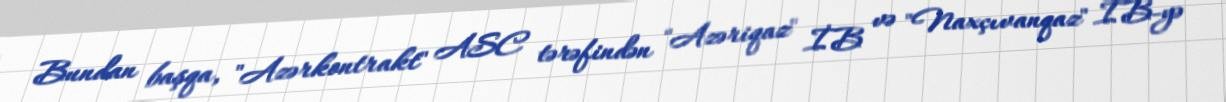
Bundan başqa, "Azərkontrakt" ASC tərəfindən "Azəriqaz" İB və "Naxçıvanqaz" İB-yə